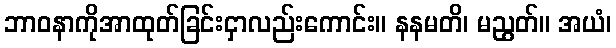
ဘာဝနာကိုအာထုတ်ခြင်းငှာလည်းကောင်း။ နနမတိ၊ မညွတ်။ အယံ၊